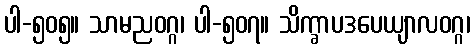
ပါ-၅၀၅။ သာမညဝဂ္ဂ၊ ပါ-၅၀၇။ သိက္ခာပဒပေယျာလဝဂ္ဂ၊